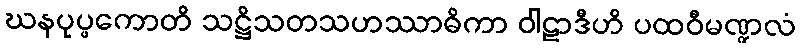
ဃနပုပ္ဖကောတိ သဋ္ဌိသတသဟဿာဓိကာ ဝါဠာဒီဟိ ပထဝီမဏ္ဍလံ